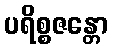
ပရိစ္စဇန္တော